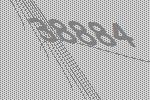
38884